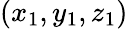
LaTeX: \left(x_{1},y_{1},z_{1}\right)